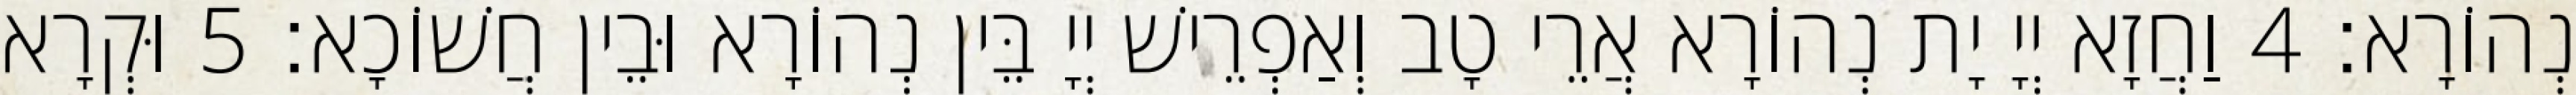
נְהוֹרָא׃ 4 וַחֲזָא יְיָ יָת נְהוֹרָא אֲרֵי טָב וְאַפְרֵישׁ יְיָ בֵּין נְהוֹרָא וּבֵין חֲשׁוֹכָא׃ 5 וּקְרָא